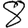
Digit: 8